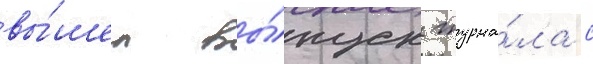
вы́шел вы́пуск журна́ла с